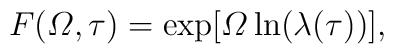
F({\mit\Omega},\tau)=\exp[{\mit\Omega}\ln(\lambda(\tau))],